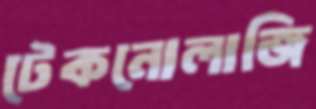
টেকনোলাজি